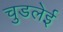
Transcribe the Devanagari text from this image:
चुडलेई